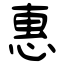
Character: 惠